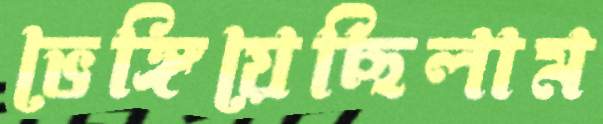
ভেঙ্গিয়েছিলাম